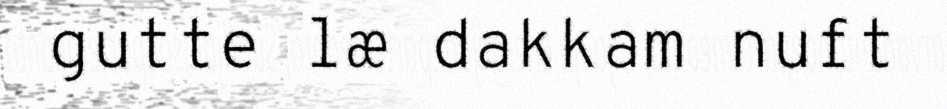
gutte læ dakkam nuft